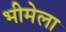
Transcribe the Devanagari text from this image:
भीमेला